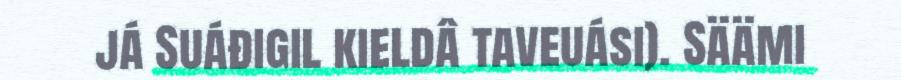
já Suáđigil kieldâ taveuási). Säämi